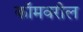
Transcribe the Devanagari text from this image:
कॉमवरील